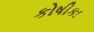
કોષીકા